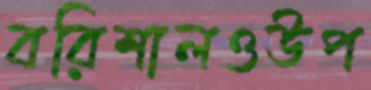
বরিশালওউপ